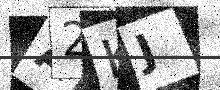
Text: A2KJ